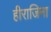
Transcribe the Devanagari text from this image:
हीराजिना